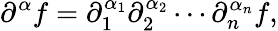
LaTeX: \partial^{\alpha}f=\partial_{1}^{\alpha_{1}}\partial_{2}^{\alpha_{2}}\cdots\partial_{n}^{\alpha_{n}}f,